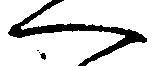
へ